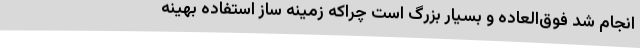
انجام شد فوق‌العاده و بسیار بزرگ است چراکه زمینه ساز استفاده بهینه